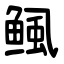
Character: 鲺